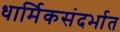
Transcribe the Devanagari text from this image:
धार्मिकसंदर्भात